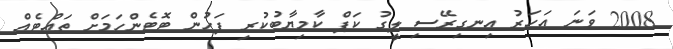
2008 ވަނަ އަހަރު އިނގިރޭސި ލީގު ކަޕް ކާމިޔާބުކުރި ފަހުން ޓޮޓެންހަމަށް ތައްޓެއް